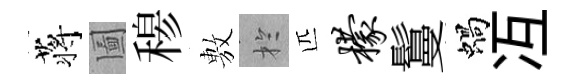
蒋圗𥠇𢾾扵匹檬鬘蝸冱